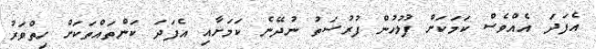
އެފަދަ އެއްވެސް ކަމަކަށް ފުލުހުން ފުރުސަތު ނުދޭނެ ކަމަށާއި އެފަދަ ކަންތައްތަކަށް ހިތްވަރު